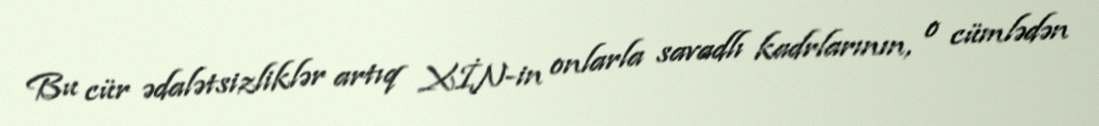
Bu cür ədalətsizliklər artıq XİN-in onlarla savadlı kadrlarının, o cümlədən